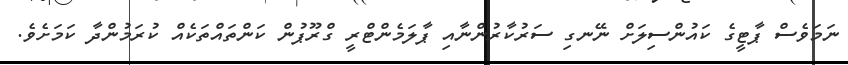
ނަމަވެސް ޕާޓީގެ ކައުންސިލަށް ނޭނގި ސަރުކާރުންނާއި ޕާލަމެންޓްރީ ގްރޫޕުން ކަންތައްތަކެއް ކުރަމުންދާ ކަމަށެވެ.